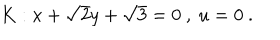
K : x + \sqrt { 2 } y + \sqrt { 3 } = 0 \ , \ u = 0 \ .